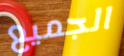
الجميع